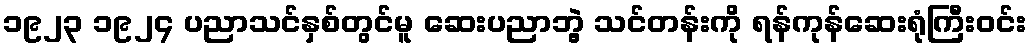
၁၉၂၃ ၁၉၂၄ ပညာသင်နှစ်တွင်မူ ဆေးပညာဘွဲ့ သင်တန်းကို ရန်ကုန်ဆေးရုံကြီးဝင်း